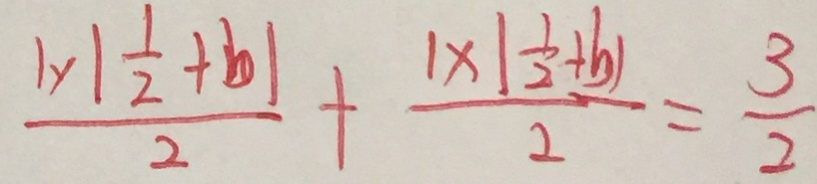
\frac { 1 \times \vert \frac { 1 } { 2 } + b \vert } { 2 } + \frac { \vert x \vert \frac { 1 } { 2 } + b \vert } { 2 } = \frac { 3 } { 2 }